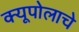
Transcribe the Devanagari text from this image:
क्यूपोलाचे